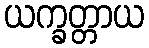
ယက္ခတ္တာယ